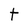
Character: t